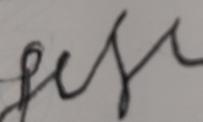
Signature authenticity: forged